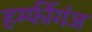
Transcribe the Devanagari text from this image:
हर्म्फीगंज